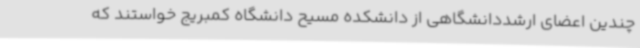
چندین اعضای ارشددانشگاهی از دانشکده مسیح دانشگاه کمبریج خواستند که